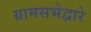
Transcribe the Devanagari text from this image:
ग्रामसभेद्वारे